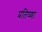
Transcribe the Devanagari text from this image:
प्रतिघ्णा